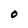
Character: O